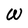
Character: W